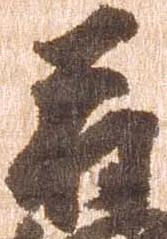
符